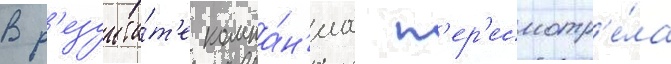
В р'езульта́т'е компа́н'иа п'ер'есмотр'е́ла